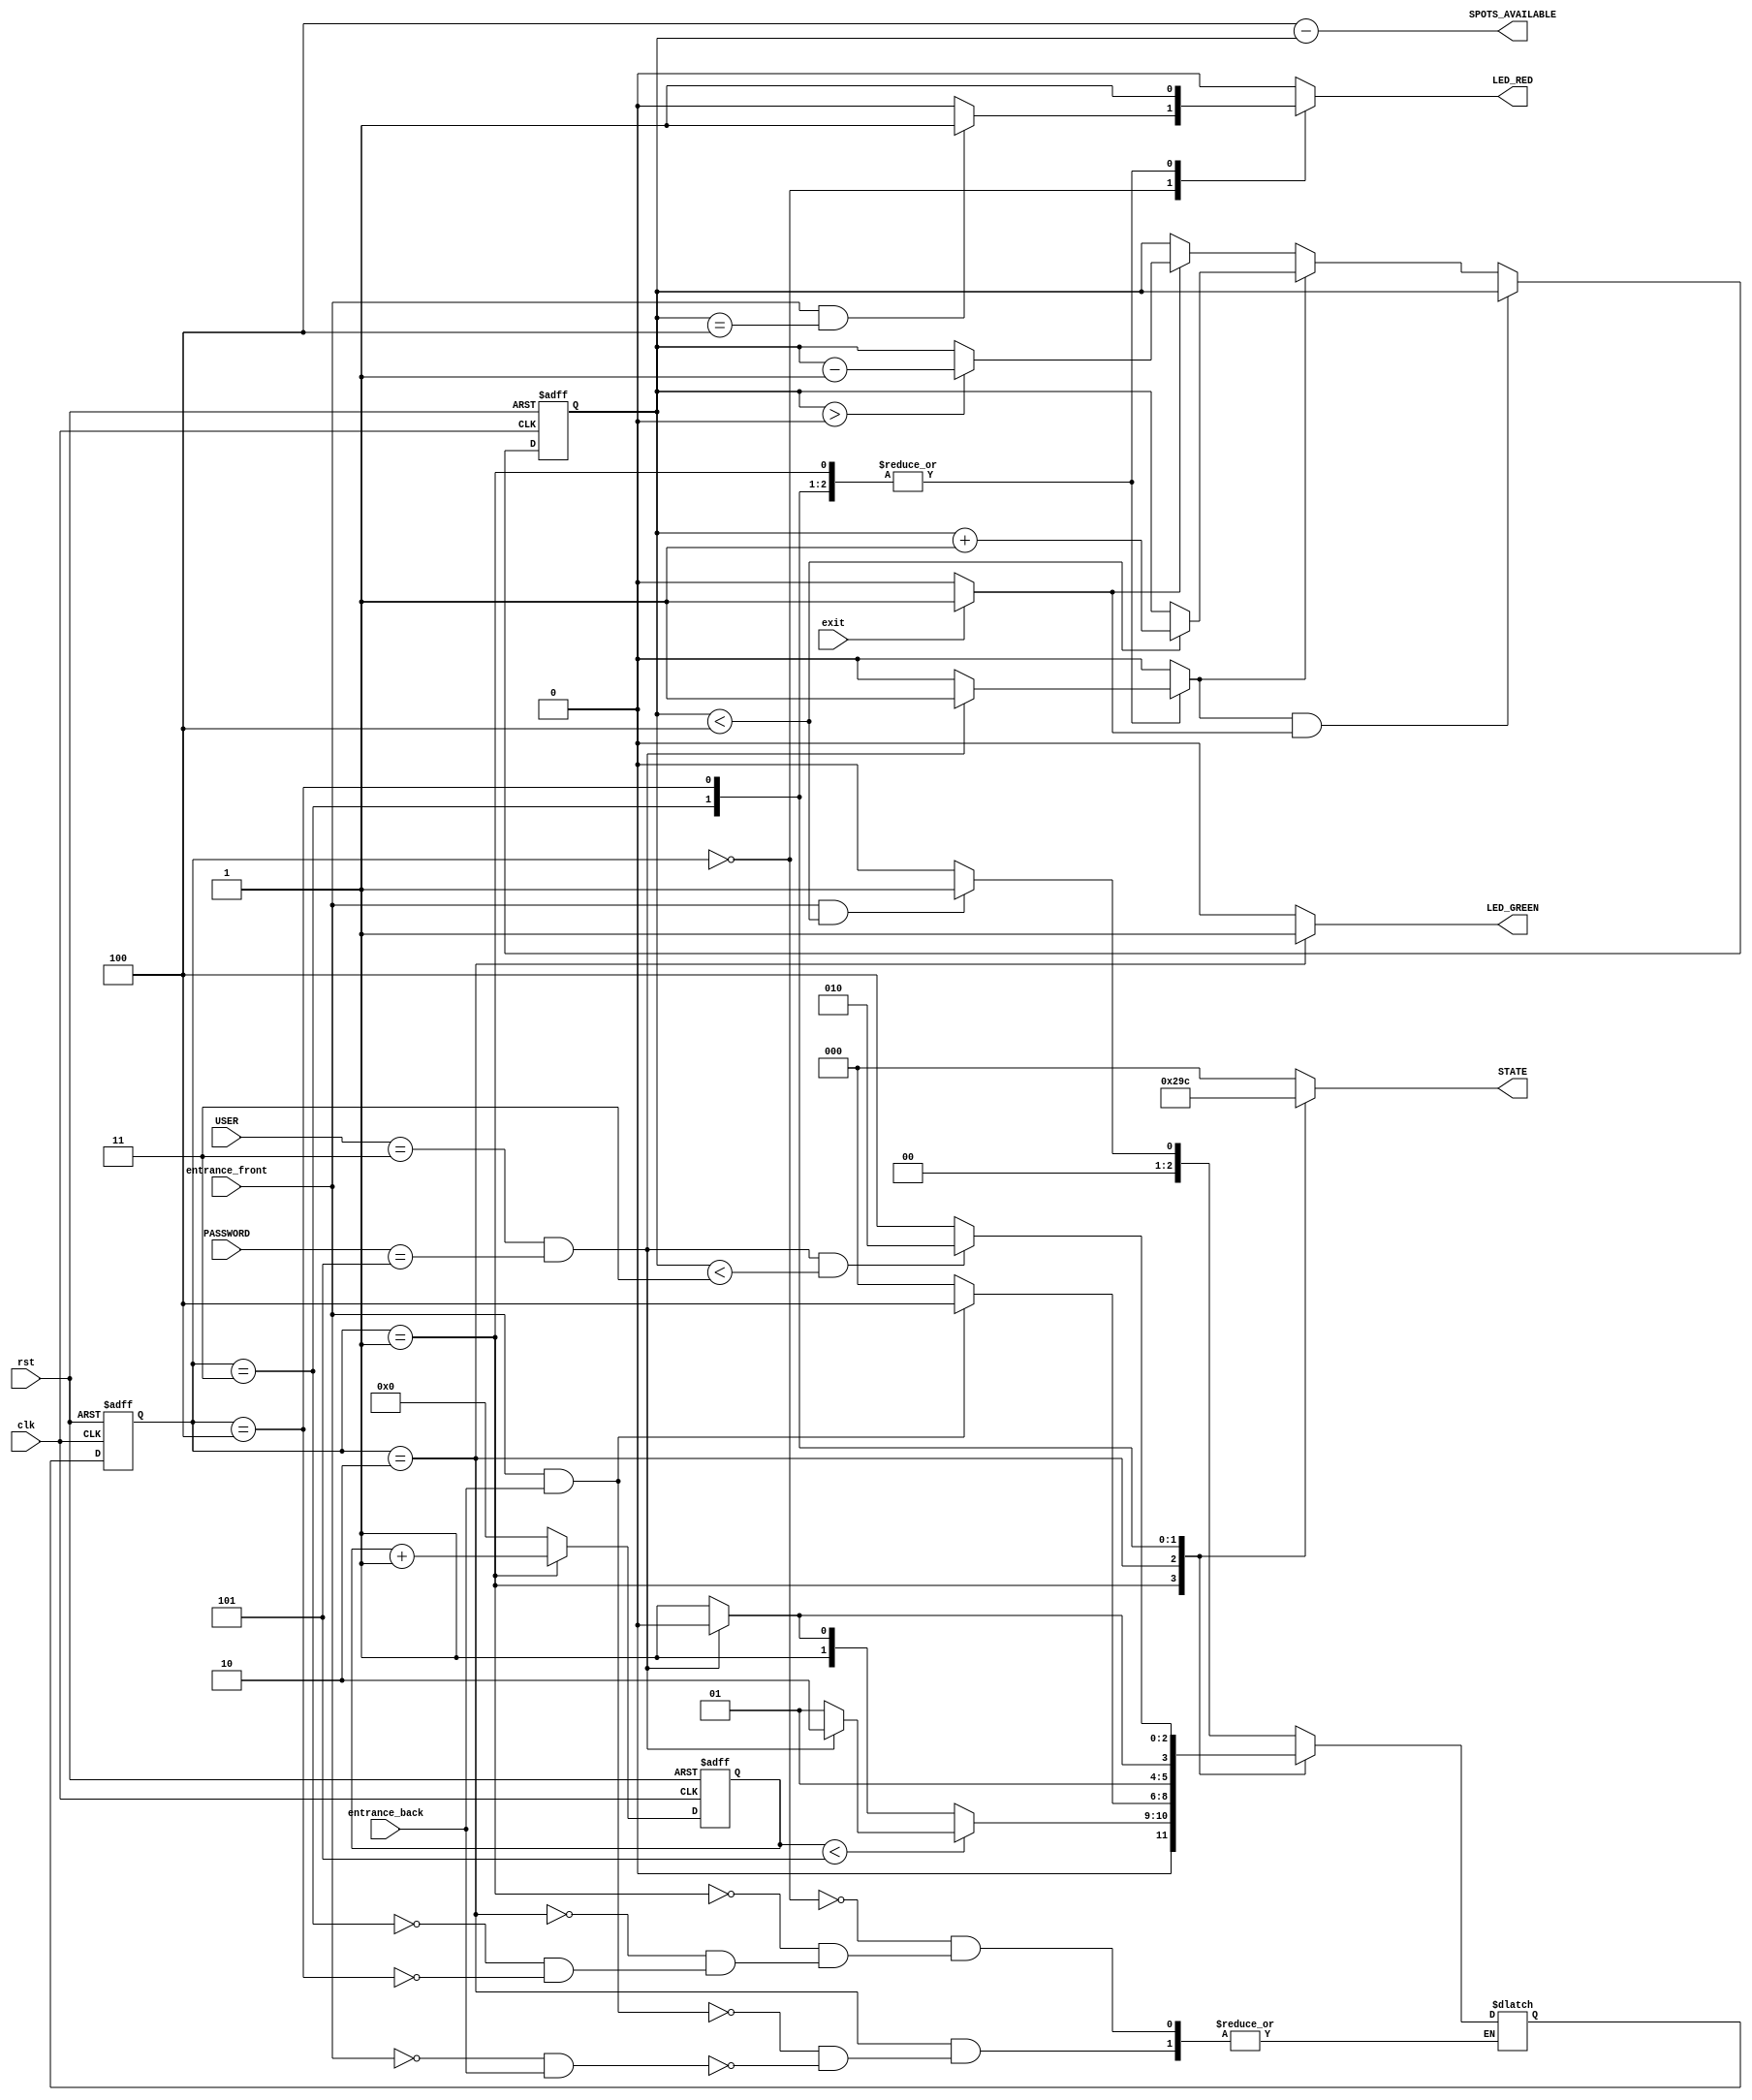
module CarParkFSM #(parameter w_pass = 4)(
    input clk,rst,
    input entrance_front,
    input entrance_back,
    input exit,
    input [w_pass-1:0] USER,PASSWORD,

    output reg LED_RED,
    output reg LED_GREEN,
    output reg [2:0] STATE,

    output [2:0] SPOTS_AVAILABLE
);
parameter cred_USER = 3'b011;
parameter cred_PASSWORD = 3'b101;

parameter IDLE = 3'b000;
parameter WAIT_PASSWORD = 3'b001;
parameter RIGHT_PASSWORD = 3'b010;
parameter WRONG_PASSWORD = 3'b011;
parameter STOP = 3'b100;

reg [2:0] curr_state,next_state;

reg [2:0] car_count;
reg incr_count;
reg decr_count;

reg [9:0] wait_timer;

wire correct_credentials;
assign correct_credentials = ((USER == cred_USER) && (PASSWORD == cred_PASSWORD));

assign SPOTS_AVAILABLE = (4 - car_count);

always @(posedge clk or negedge rst) begin
    if(!rst) begin
        curr_state <= IDLE;
    end
    else begin
        curr_state <= next_state;
    end
end

always @(posedge clk or negedge rst) begin
    if(!rst) begin
        car_count <= 0;
    end
    else if (incr_count && decr_count) begin
        car_count <= car_count;
    end
    else if (incr_count) begin
        car_count <= (car_count < 4) ? (car_count + 1) : car_count;
    end
    else if (decr_count) begin
        car_count <= (car_count > 0) ? (car_count - 1) : car_count;
    end
end

always @(posedge clk or negedge rst) begin
    if(!rst) begin
        wait_timer <= 0;
    end
    else begin
        if(curr_state == WAIT_PASSWORD) begin
            wait_timer <= wait_timer + 1;
        end
        else begin 
            wait_timer <= 0;
        end
    end
end

always @(*) begin
    case(curr_state)
        IDLE : begin
            if(entrance_front && car_count < 4) begin
                next_state <= WAIT_PASSWORD;
            end
            else next_state <= IDLE;
        end
        WAIT_PASSWORD : begin
            if (wait_timer < 5) begin
                if(correct_credentials) begin
                    next_state <= RIGHT_PASSWORD;
                end
                else begin
                    next_state <= WAIT_PASSWORD;
                end
            end
            else begin
                if(correct_credentials) begin
                    next_state <= RIGHT_PASSWORD;
                end
                else begin
                    next_state <= WRONG_PASSWORD;
                end
            end
        end

        RIGHT_PASSWORD : begin
            if(entrance_front && entrance_back) begin
                next_state <= STOP;
            end
            else if ((~entrance_front) && entrance_back) begin
                next_state <= IDLE;
            end
        end

        WRONG_PASSWORD : begin
            if(correct_credentials) begin
                next_state <= RIGHT_PASSWORD;
            end
            else begin
                next_state <= WRONG_PASSWORD;
            end
        end

        STOP : begin
            if(correct_credentials && car_count<3) begin
                next_state <= RIGHT_PASSWORD;
            end
            else begin
                next_state <= STOP;
            end
        end
    endcase
end

always @(*) begin
    LED_GREEN = 0;
    LED_RED = 0;
    incr_count = 0;
    decr_count = 0;
    STATE = IDLE;
    if(exit) begin
        decr_count = 1;
    end
    case(curr_state)
    IDLE : begin
        if(entrance_front == 1 && car_count == 4) begin
            LED_RED = 1;
        end
        STATE = IDLE;
    end
    WAIT_PASSWORD : begin
        LED_RED = 1;
        if(correct_credentials) begin
            incr_count = 1;
        end
        STATE = WAIT_PASSWORD;
    end
    RIGHT_PASSWORD : begin
        LED_GREEN = 1;
        STATE = RIGHT_PASSWORD;
    end
    WRONG_PASSWORD : begin
        LED_RED = 1;
        if(correct_credentials) begin
            incr_count = 1;
        end
        STATE = WRONG_PASSWORD;
    end
    STOP : begin
        LED_RED = 1;
        if(correct_credentials) begin
            incr_count = 1;
        end
        STATE = STOP;
    end
    endcase   
end
endmodule